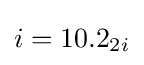
i=10.2_{2i}